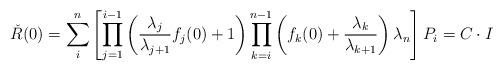
LaTeX: \begin{align*} \check{R}(0) = \sum_{i}^{n}\left[ \prod_{j=1} ^{i-1} \left( \frac{\lambda_j}{\lambda_{j+1}} f_j(0) +1 \right) \prod_{k=i} ^{n-1} \left( f_k(0) + \frac{\lambda_k}{\lambda_{k+1}}\right) \lambda_n \right] P_i =C\cdot I\end{align*}